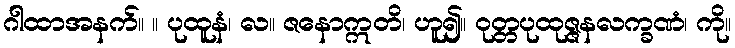
ဂါထာအနက်။ ။ ပုထူနံ၊ လ။ ဇနောဣတိ၊ ဟူ၍။ ဝုတ္တပုထုဇ္ဇနလက္ခဏံ၊ ကို။